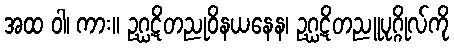
အထ ဝါ၊ ကား။ ဥဂ္ဃဋိတညုဝိနယနေန၊ ဥဂ္ဃဋိတညူပုဂ္ဂိုလ်ကို